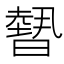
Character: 𭧳